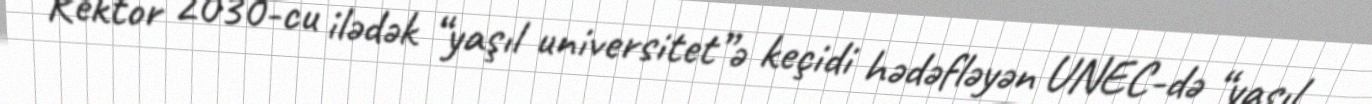
Rektor 2030-cu ilədək “yaşıl universitet”ə keçidi hədəfləyən UNEC-də “yaşıl